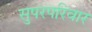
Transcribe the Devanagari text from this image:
सुपरपरिवार